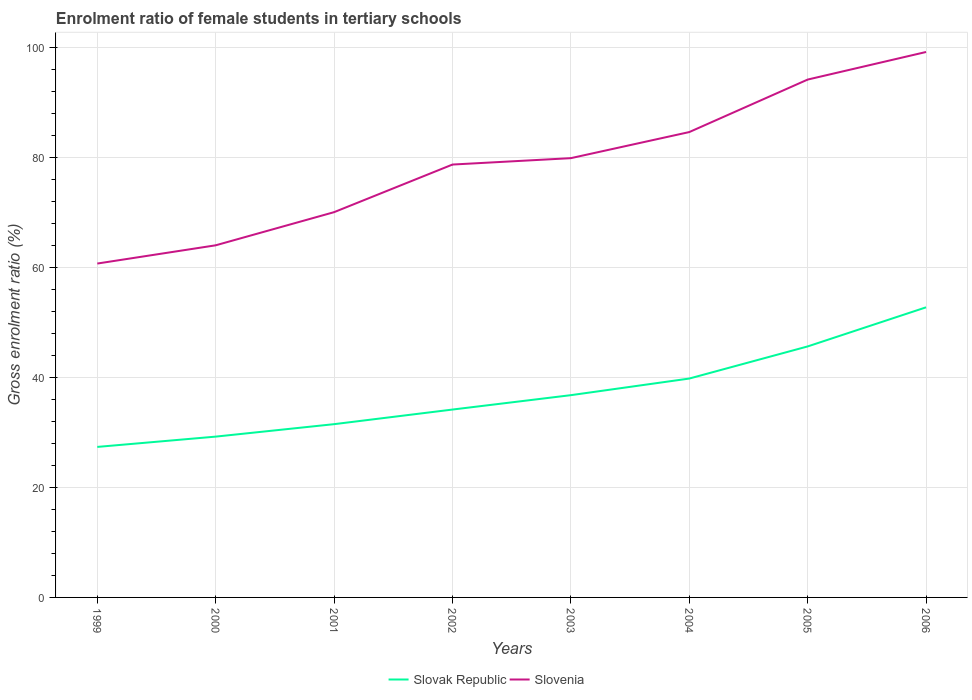
| Years | Slovak Republic | Slovenia |
 | --- | --- | --- |
 | 1999 | 27.4 | 60.7 |
 | 2000 | 29.2 | 64 |
 | 2001 | 31.5 | 70 |
 | 2002 | 34.1 | 78.7 |
 | 2003 | 36.8 | 79.8 |
 | 2004 | 39.8 | 84.6 |
 | 2005 | 45.6 | 94.1 |
 | 2006 | 52.7 | 99.1 |